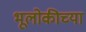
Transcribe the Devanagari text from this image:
भूलोकीच्या